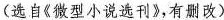
（选自《微型小说选刊》，有删改）